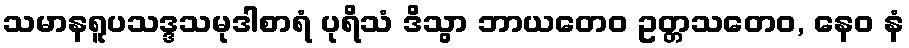
သမာနရူပသဒ္ဒသမုဒါစာရံ ပုရိသံ ဒိသွာ ဘာယတေဝ ဥတ္တသတေဝ, နေဝ နံ